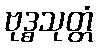
ဗုဒ္ဓသုတ္တံ